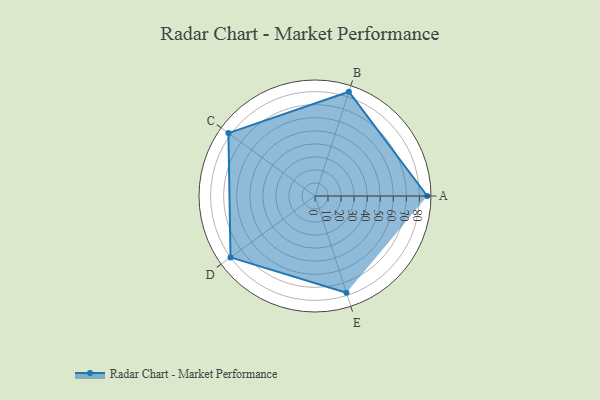
{"axis": {"x": "Skill", "y": "Score"}, "legend": ["Profile"], "data": [{"x": "A", "y": 86.0, "type": "Profile"}, {"x": "B", "y": 84.0, "type": "Profile"}, {"x": "C", "y": 82.0, "type": "Profile"}, {"x": "D", "y": 80.0, "type": "Profile"}, {"x": "E", "y": 78.0, "type": "Profile"}]}